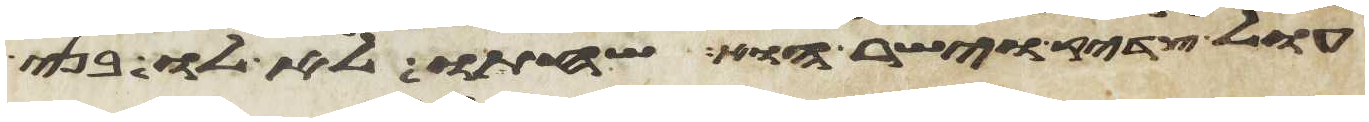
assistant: עול צדיק וישר הוא שחתו לא לו בני